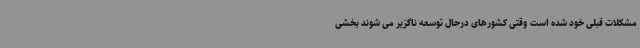
مشکلات قبلی خود شده است وقتی کشورهای درحال توسعه ناگزیر می شوند بخشی